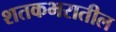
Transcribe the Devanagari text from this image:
शतकभरातील